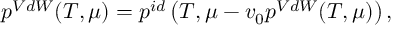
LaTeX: p ^ { V d W } ( T , \mu ) = p ^ { i d } \left( T , \mu - v _ { 0 } p ^ { V d W } ( T , \mu ) \right) ,